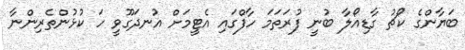
ބަޔާންގެ ކޯޗު ގާޑިއޯލާ ބުނީ ފުރަތަމަ ހާފްގައި އެޓީމަށް އުނދަގޫވީ ހަ ކުޅުންތެރިންނާ